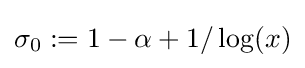
\sigma _{0}:=1-\alpha +1/\log(x)